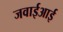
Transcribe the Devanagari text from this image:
जवाईआई